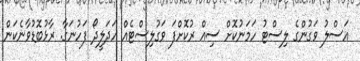
އަސްލު ވަގުންގެ ލިސްޓު ހަމަނުކޮށް ސިއް ރުކޮށްފަ ވަގުލިސްޓެއް ހަދަލީދޯ ފަހުނަގާ. ރާޅުބޮޑުވާނެކަން